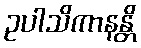
ဥပါသိကာနန္တိ